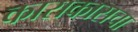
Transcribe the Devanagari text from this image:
काराकासचा